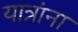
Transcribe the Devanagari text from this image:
यात्रांना